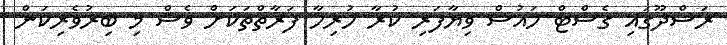
ރަސްދޫގައި ގެސްޓް ހައުސް ވިޔާފަރި ކުރާ ހުރިހާ ފަރާތްތަކަށް ވެސް މި ބިރުވެރިކަން